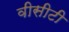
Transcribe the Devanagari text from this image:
वीसीटी